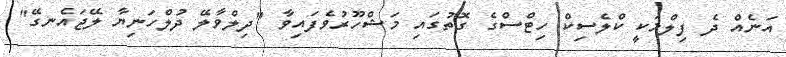
އަނެއް ދެ ފިލްމަކީ ކްލެސިކް ހިޓްސްގެ ގޮތުގައި މަޝްހޫރުވެފައިވާ "ދިލްވާލޭ ދުލްހަނިޔާ ލޭޖައެނގޭ"